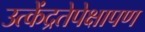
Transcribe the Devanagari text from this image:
उत्केंद्रतेपेक्षापण